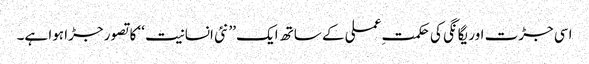
اسی جڑت اور یگانگی کی حکمتِ عملی کے ساتھ ایک ’’ نئی انسانیت ‘‘ کا تصور جڑا ہوا ہے۔